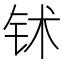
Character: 𬬸